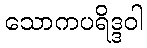
သောကပရိဒ္ဒဝါ